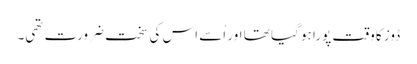
ڈوز کا وقت پورا ہو گیا تھا اور اُسے اس کی سخت ضرورت تھی۔